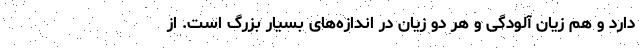
دارد و هم زیان آلودگی و هر دو زیان در اندازه‌های بسیار بزرگ است. از